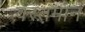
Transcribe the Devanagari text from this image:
वरत़़मान